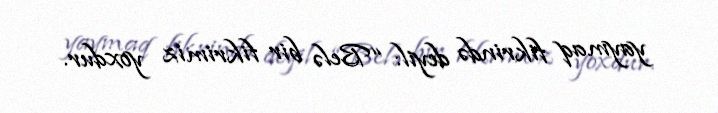
yaymaq fikrində deyil: “Belə bir fikrimiz yoxdur.